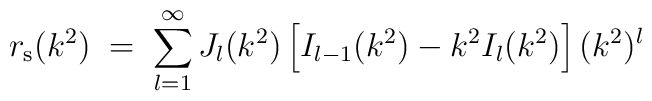
r_{\rm s}(k^2)\;=\;\sum_{l=1}^\infty J_l(k^2)\left[I_{l-1}(k^2)-k^2I_l(k^2)\right] (k^2)^l